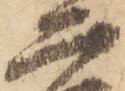
二